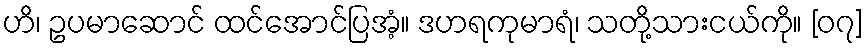
ဟိ၊ ဥပမာဆောင် ထင်အောင်ပြအံ့။ ဒဟရကုမာရံ၊ သတို့သားငယ်ကို။ [၀၇]